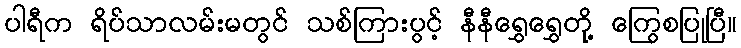
ပါရီက ရိပ်သာလမ်းမတွင် သစ်ကြားပွင့် နီနီရွှေရွှေတို့ ကြွေစပြုပြီ။